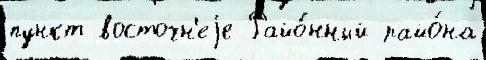
пункт восточн'еjе Райо́нный райо́на